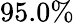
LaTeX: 95.0\%